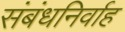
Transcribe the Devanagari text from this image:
संबंधनिर्वाह